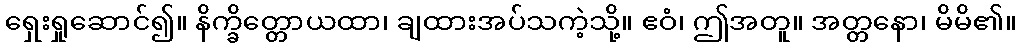
ရှေးရှုဆောင်၍။ နိက္ခိတ္တောယထာ၊ ချထားအပ်သကဲ့သို့။ ဧဝံ၊ ဤအတူ။ အတ္တနော၊ မိမိ၏။